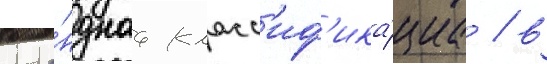
кома́нднаа класс'иф'ика́циа / в